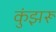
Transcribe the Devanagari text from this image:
कुंझरू